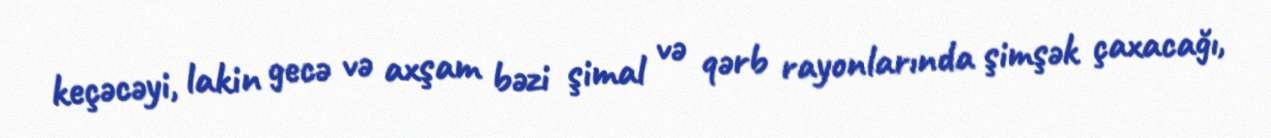
keçəcəyi, lakin gecə və axşam bəzi şimal və qərb rayonlarında şimşək çaxacağı,